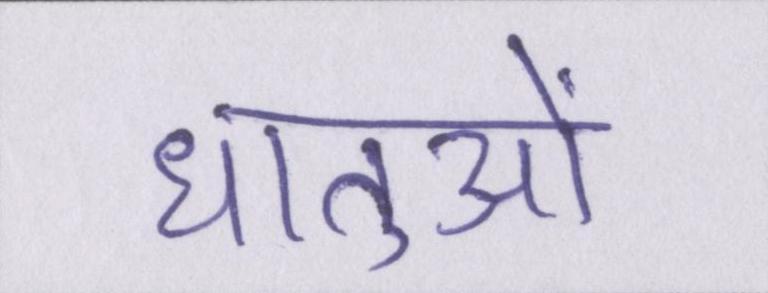
धातुओं